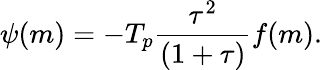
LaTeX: \begin{array}{ccc}{\displaystyle{\psi(m)=-T_{p}\frac{\tau^{2}}{(1+\tau)}f(m).}}\end{array}